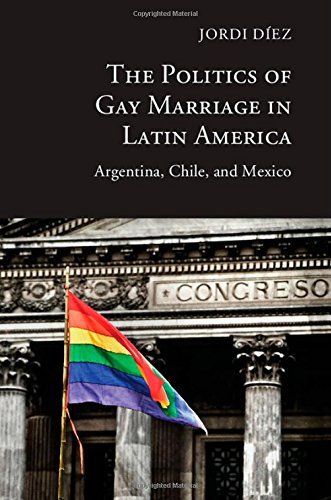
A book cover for The Politics of Gay Marriage in Latin America: Argentina, Chile, and Mexico; Jordi DÃ­ez; Gay & Lesbian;